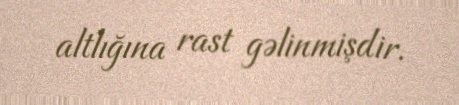
altlığına rast gəlinmişdir.